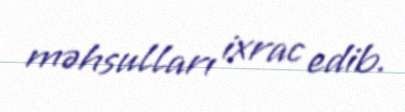
məhsulları ixrac edib.